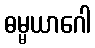
ဓမ္မယာဂေါ